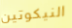
النيكوتين